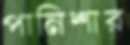
পানিশার